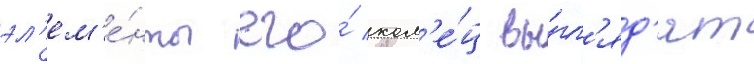
эл'ем'е́нты его́ кол'е́ц вы́гл'яд'ят